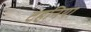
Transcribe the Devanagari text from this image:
टहनिया